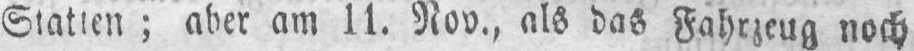
aber am 11. Nov., als das Fahrzeug noch